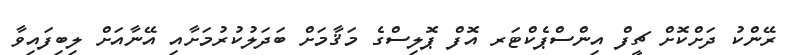
ރޭންކު ދަށްކޮށް ޗީފް އިންސްޕެކްޓަރ އޮފް ޕޮލިސްގެ މަޤާމަށް ބަދަލުކުރުމަށާއި އޭނާއަށް ލިބިފައިވާ